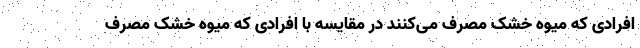
افرادی که میوه خشک مصرف می‌کنند در مقایسه با افرادی که میوه خشک مصرف